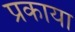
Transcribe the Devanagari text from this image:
प्रकाया